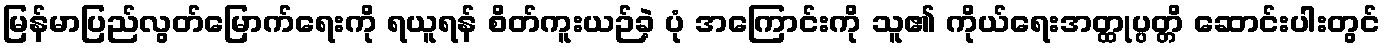
မြန်မာပြည်လွတ်မြောက်ရေးကို ရယူရန် စိတ်ကူးယဉ်ခဲ့ ပုံ အကြောင်းကို သူ၏ ကိုယ်ရေးအတ္ထုပ္ပတ္တိ ဆောင်းပါးတွင်